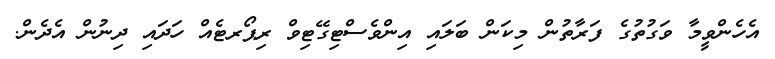
އެހެންވީމާ ވަގުތުގެ ފަރާތުން މިކަން ބަލައި އިންވެސްޓިގޭޓިވް ރިޕޯރޓެއް ހަދައި ދިނުން އެދެން.